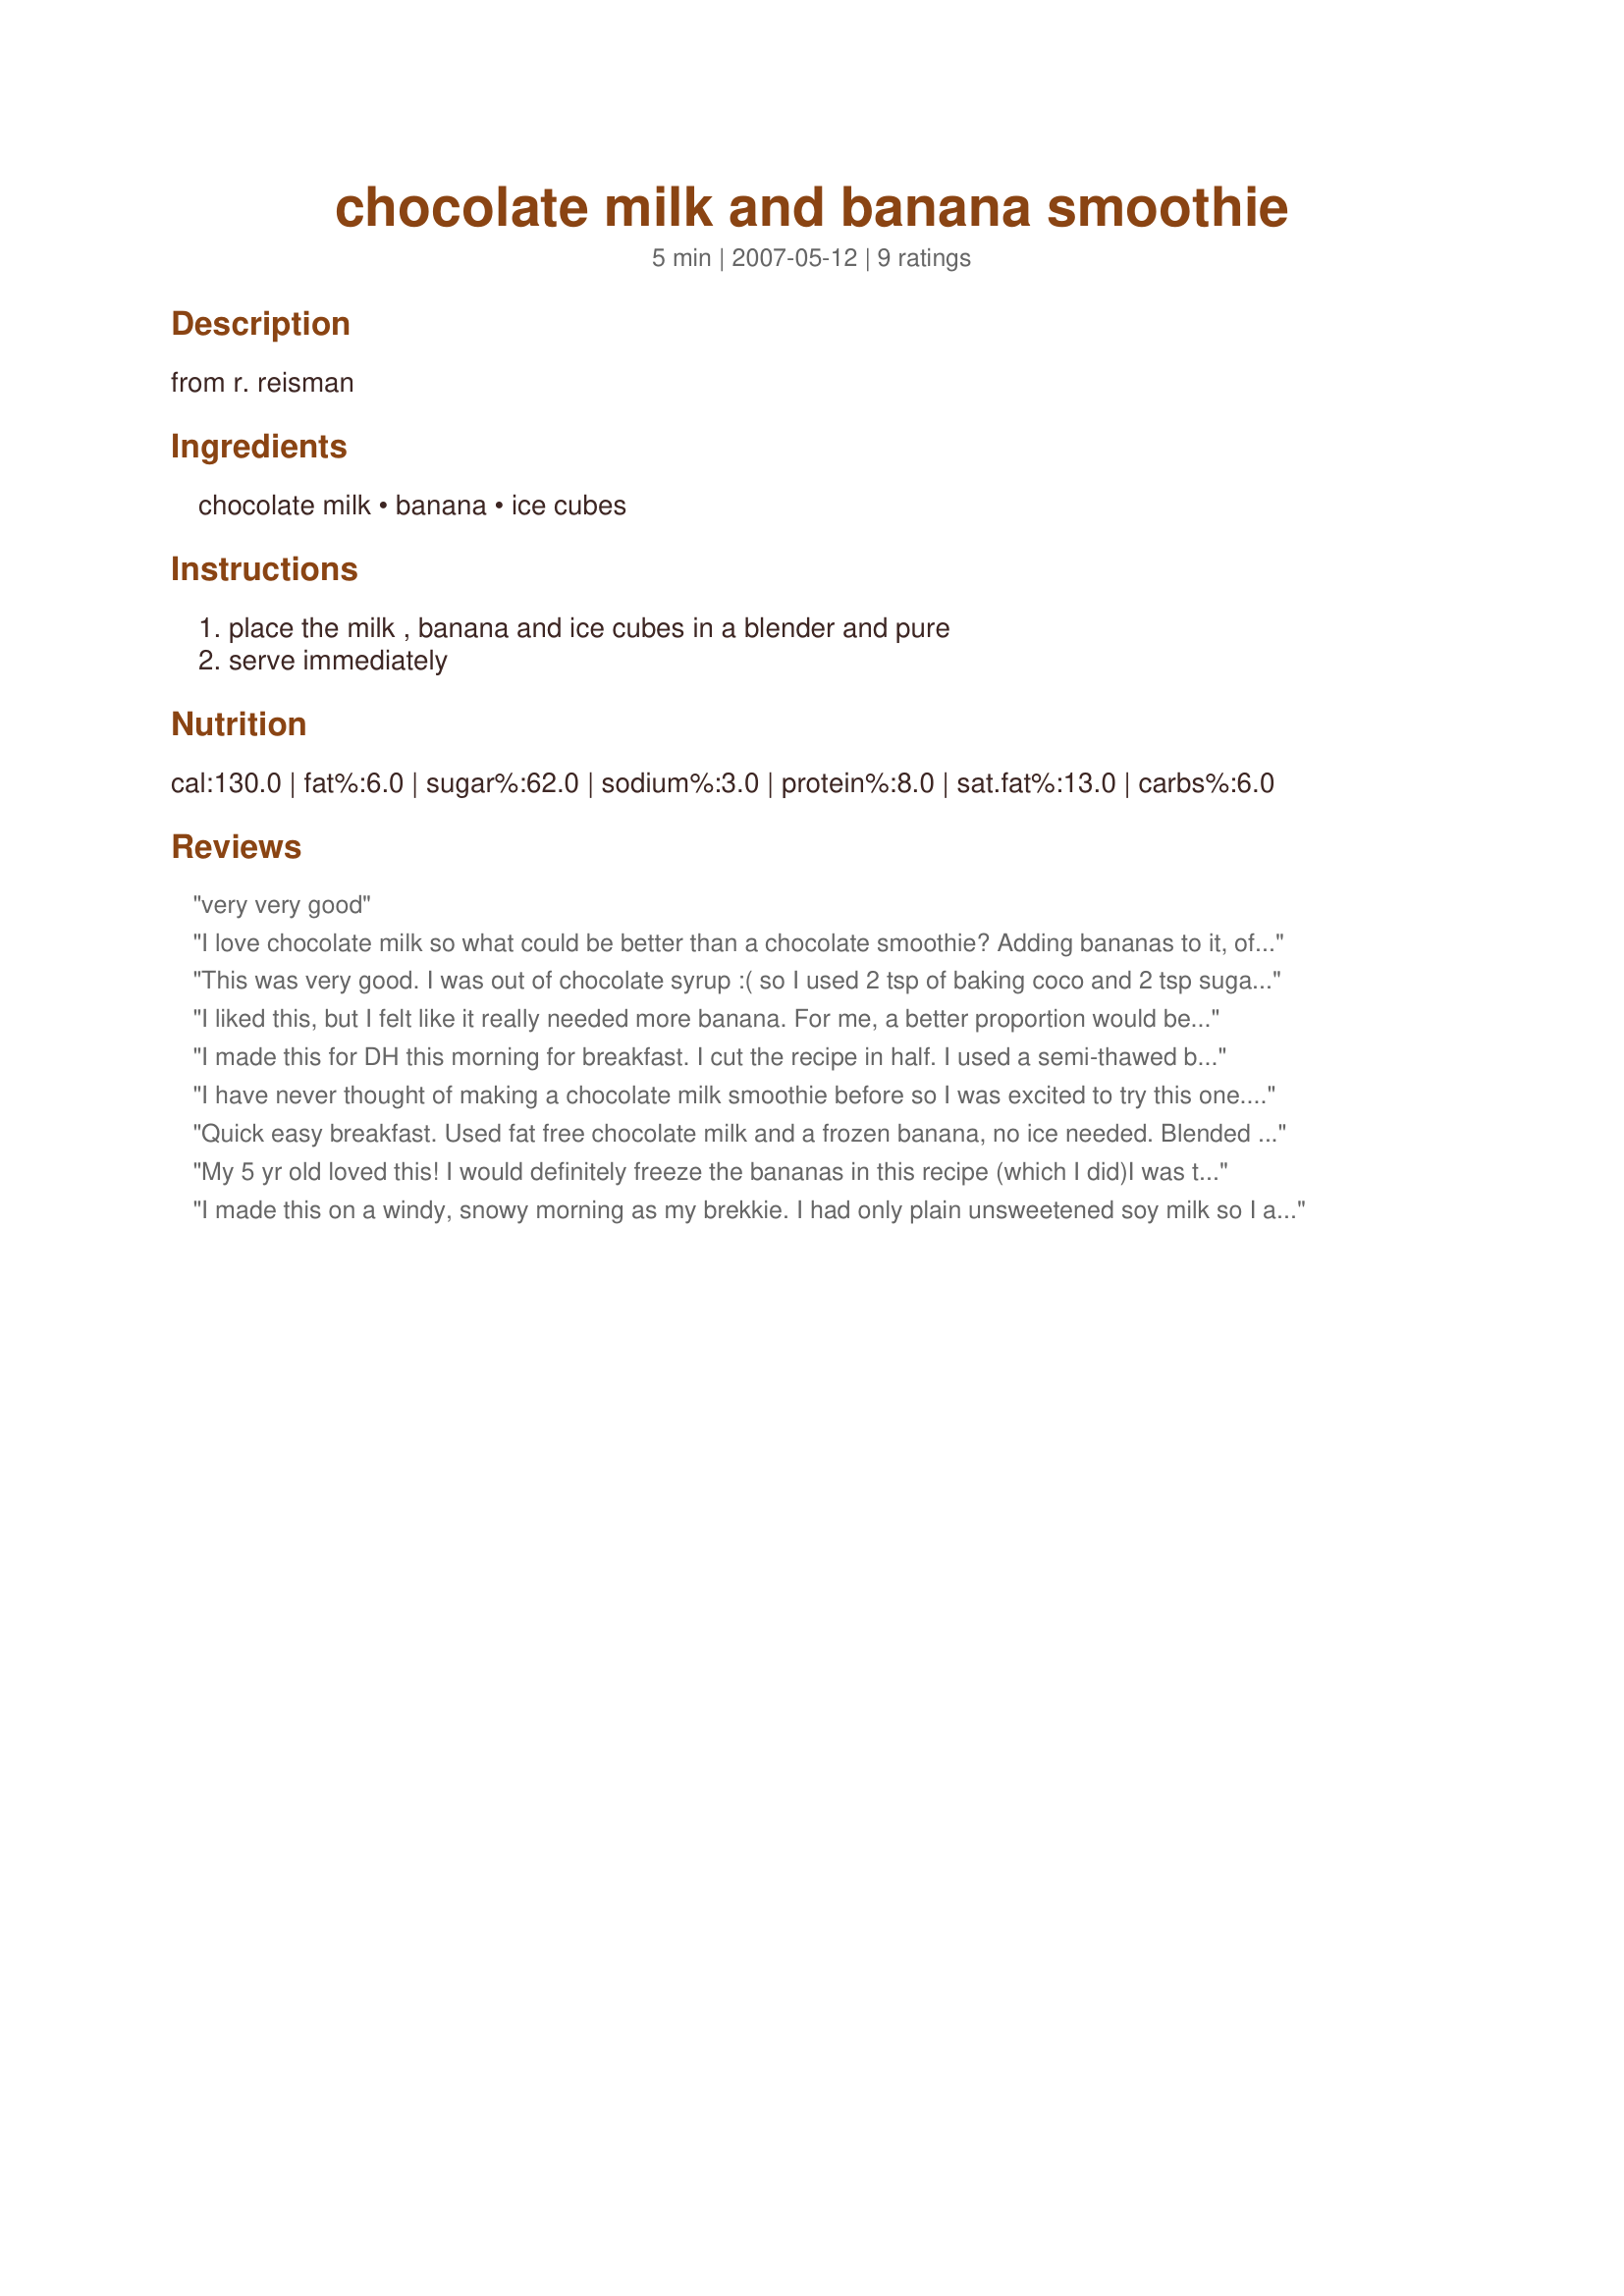
chocolate milk and banana smoothie
Preparation time: 5 minutes

from r. reisman

Ingredients:
chocolate milk, banana, ice cubes

Steps:
place the milk , banana and ice cubes in a blender and pure, serve immediately

Reviews:
very very good
I love chocolate milk so what could be better than a chocolate smoothie? Adding bananas to it, of course! I did freeze the banana overnight and I also added ice cubes because I like a thick smoothie! This is a keeper!
This was very good. I was out of chocolate syrup :( so I used 2 tsp of baking coco and 2 tsp sugar. I used a frozen banana and less ice. Great dessert, not overly filling, but satisfied the sweet tooth without going over the calorie budget for the day.
I liked this, but I felt like it really needed more banana. For me, a better proportion would be 1 banana for each cup of chocolate milk. That said, this was tasty for breakfast. Thanks for posting!
I made this for DH this morning for breakfast. I cut the recipe in half. I used a semi-thawed banana from the freezer and blended the ingredients in my Magic Bullet. Hubby enjoyed the taste of the smoothie very much--said it was kind of like a banana split in a drink. He wished the drink had been a little more thick. Next time I might try adding some frozen yogurt to the mix. Thanks, Redsie! This is a definite make again. :-)
I have never thought of making a chocolate milk smoothie before so I was excited to try this one. It is very yummy! I froze the banana first and added more ice because I like a thicker smoothie. Thanks!
Quick easy breakfast. Used fat free chocolate milk and a frozen banana, no ice needed. Blended it up in my magic bullet and off to work I went. Delicious!
My 5 yr old loved this! I would definitely freeze the bananas in this recipe (which I did)I was tempted to add some peanut butter which would probably up the "yum" factor. Made for PAC! Thanks Redsie:)
I made this on a windy, snowy morning as my brekkie. I had only plain unsweetened soy milk so I added a generous tsp of Dutch coco to 1 1/2 cups of soy milk, a bit of Splenda, 1/4 tsp of cinnamon and a few drops of vanilla (to approximate chocolate milk). As this was a meal I used 1/2 a banana. I had it hot (skipped the ice) and it was great! Thick choco banana goodness, yummy. It was steaming but I couldn't capture that in the pic. This is lovely Reds.
